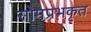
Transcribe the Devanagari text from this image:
सोमप्रभकृत